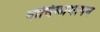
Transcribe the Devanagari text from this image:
नासिकामापन